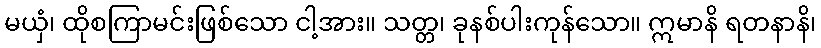
မယှံ၊ ထိုစကြာမင်းဖြစ်သော ငါ့အား။ သတ္တ၊ ခုနစ်ပါးကုန်သော။ ဣမာနိ ရတနာနိ၊